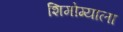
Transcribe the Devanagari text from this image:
शिमोग्याला